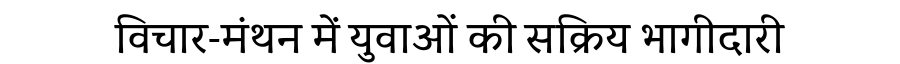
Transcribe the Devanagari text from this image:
विचार-मंथन में युवाओं की सक्रिय भागीदारी